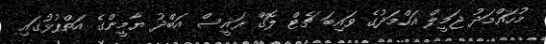
މުހައްމަދު ޖަމީލް އަހްމަދުގެ ވައިބަ ޗެޓް ލޮގް ރައީސް އަބްދު ޔާމީންގެ އަތްޕުޅުގައި